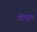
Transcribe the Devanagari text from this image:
गोषात